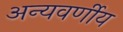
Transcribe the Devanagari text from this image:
अन्यवर्णीय